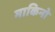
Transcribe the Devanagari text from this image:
माकिनो